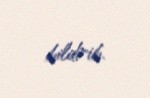
bildirib.